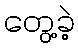
တွေ့ခဲ့